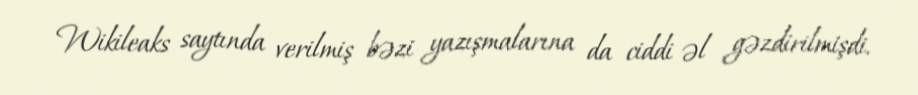
Wikileaks saytında verilmiş bəzi yazışmalarına da ciddi əl gəzdirilmişdi.